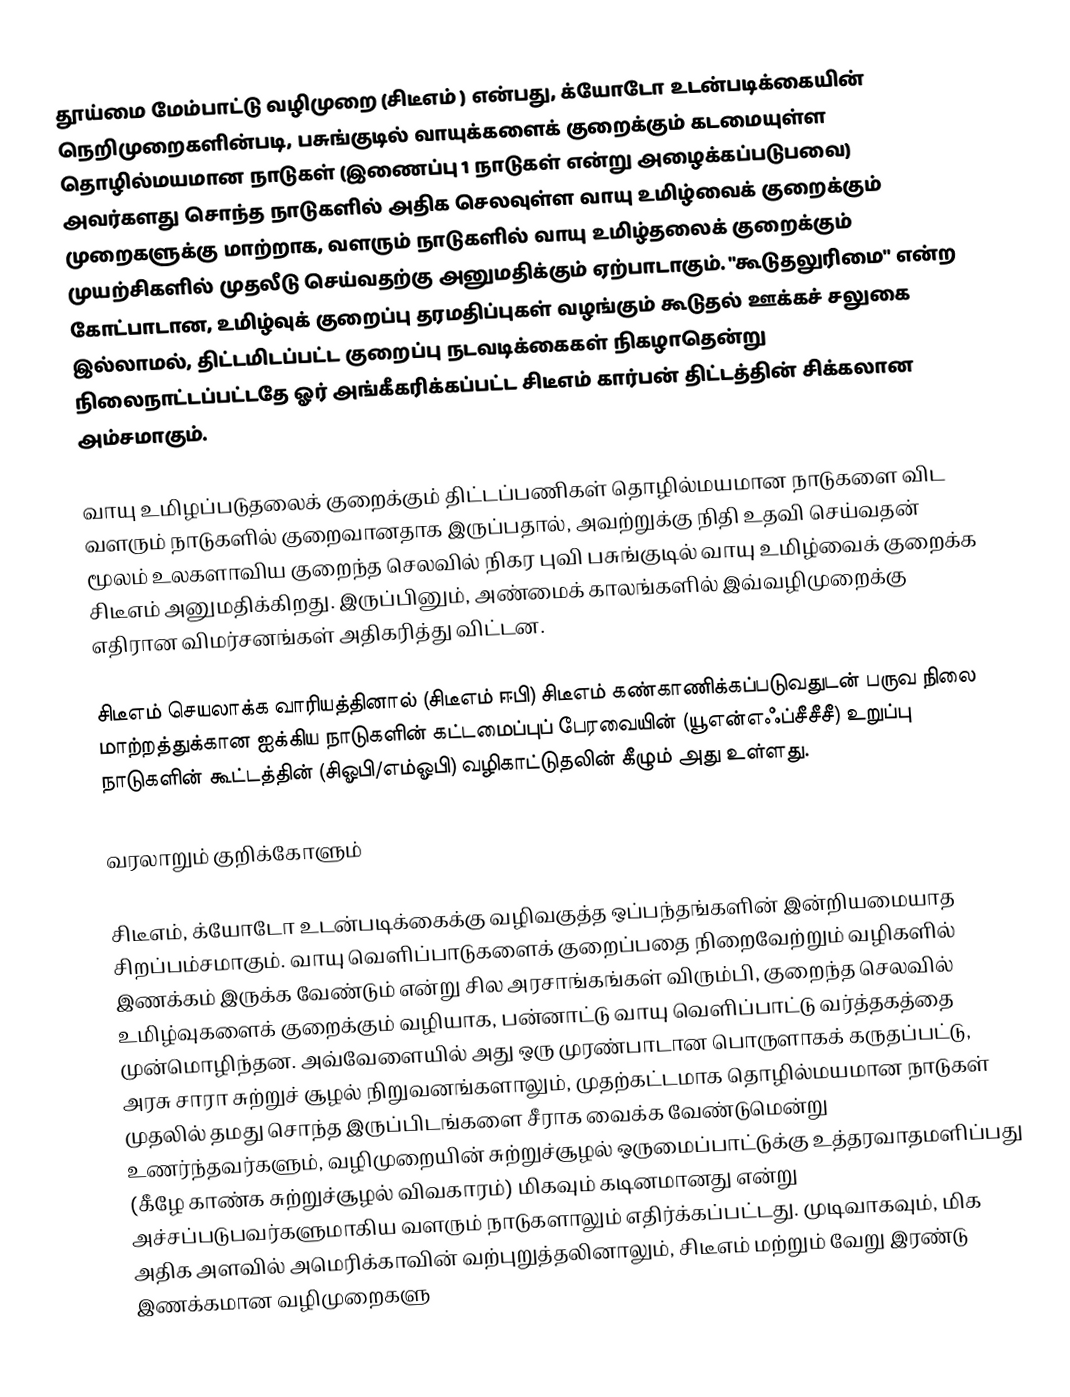
தூய்மை மேம்பாட்டு வழிமுறை (சிடீஎம் ) என்பது, க்யோடோ உடன்படிக்கையின் நெறிமுறைகளின்படி, பசுங்குடில் வாயுக்களைக் குறைக்கும் கடமையுள்ள தொழில்மயமான நாடுகள் (இணைப்பு 1 நாடுகள் என்று அழைக்கப்படுபவை) அவர்களது சொந்த நாடுகளில் அதிக செலவுள்ள வாயு உமிழ்வைக் குறைக்கும் முறைகளுக்கு மாற்றாக, வளரும் நாடுகளில் வாயு உமிழ்தலைக் குறைக்கும் முயற்சிகளில் முதலீடு செய்வதற்கு அனுமதிக்கும் ஏற்பாடாகும். "கூடுதலுரிமை" என்ற கோட்பாடான, உமிழ்வுக் குறைப்பு தரமதிப்புகள் வழங்கும் கூடுதல் ஊக்கச் சலுகை இல்லாமல், திட்டமிடப்பட்ட குறைப்பு நடவடிக்கைகள் நிகழாதென்று நிலைநாட்டப்பட்டதே ஓர் அங்கீகரிக்கப்பட்ட சிடீஎம் கார்பன் திட்டத்தின் சிக்கலான அம்சமாகும்.

வாயு உமிழப்படுதலைக் குறைக்கும் திட்டப்பணிகள் தொழில்மயமான நாடுகளை விட வளரும் நாடுகளில் குறைவானதாக இருப்பதால், அவற்றுக்கு நிதி உதவி செய்வதன் மூலம் உலகளாவிய குறைந்த செலவில் நிகர புவி பசுங்குடில் வாயு உமிழ்வைக் குறைக்க சிடீஎம் அனுமதிக்கிறது. இருப்பினும், அண்மைக் காலங்களில் இவ்வழிமுறைக்கு எதிரான விமர்சனங்கள் அதிகரித்து விட்டன.

சிடீஎம் செயலாக்க வாரியத்தினால் (சிடீஎம் ஈபி) சிடீஎம் கண்காணிக்கப்படுவதுடன் பருவ நிலை மாற்றத்துக்கான ஐக்கிய நாடுகளின் கட்டமைப்புப் பேரவையின் (யூஎன்எஃப்சீசீசீ) உறுப்பு நாடுகளின் கூட்டத்தின் (சிஓபி/எம்ஓபி) வழிகாட்டுதலின் கீழும் அது உள்ளது.

வரலாறும் குறிக்கோளும்

சிடீஎம், க்யோடோ உடன்படிக்கைக்கு வழிவகுத்த ஒப்பந்தங்களின் இன்றியமையாத சிறப்பம்சமாகும். வாயு வெளிப்பாடுகளைக் குறைப்பதை நிறைவேற்றும் வழிகளில் இணக்கம் இருக்க வேண்டும் என்று சில அரசாங்கங்கள் விரும்பி, குறைந்த செலவில் உமிழ்வுகளைக் குறைக்கும் வழியாக, பன்னாட்டு வாயு வெளிப்பாட்டு வர்த்தகத்தை முன்மொழிந்தன. அவ்வேளையில் அது ஒரு முரண்பாடான பொருளாகக் கருதப்பட்டு, அரசு சாரா சுற்றுச் சூழல் நிறுவனங்களாலும், முதற்கட்டமாக தொழில்மயமான நாடுகள் முதலில் தமது சொந்த இருப்பிடங்களை சீராக வைக்க வேண்டுமென்று உணர்ந்தவர்களும், வழிமுறையின் சுற்றுச்சூழல் ஒருமைப்பாட்டுக்கு உத்தரவாதமளிப்பது (கீழே காண்க சுற்றுச்சூழல் விவகாரம்) மிகவும் கடினமானது என்று அச்சப்படுபவர்களுமாகிய வளரும் நாடுகளாலும் எதிர்க்கப்பட்டது. முடிவாகவும், மிக அதிக அளவில் அமெரிக்காவின் வற்புறுத்தலினாலும், சிடீஎம் மற்றும் வேறு இரண்டு இணக்கமான வழிமுறைகளு